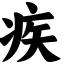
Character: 疾